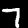
Digit: 7